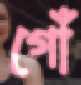
গোঁ